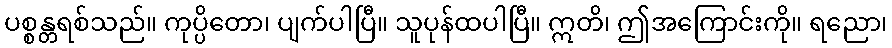
ပစ္စန္တရစ်သည်။ ကုပ္ပိတော၊ ပျက်ပါပြီ။ သူပုန်ထပါပြီ။ ဣတိ၊ ဤအကြောင်းကို။ ရညော၊